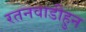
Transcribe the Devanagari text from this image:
रतनवाडीहुन